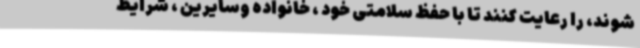
‌شوند، را رعایت کنند تا با حفظ سلامتی خود ، خانواده وسایرین ، شرایط